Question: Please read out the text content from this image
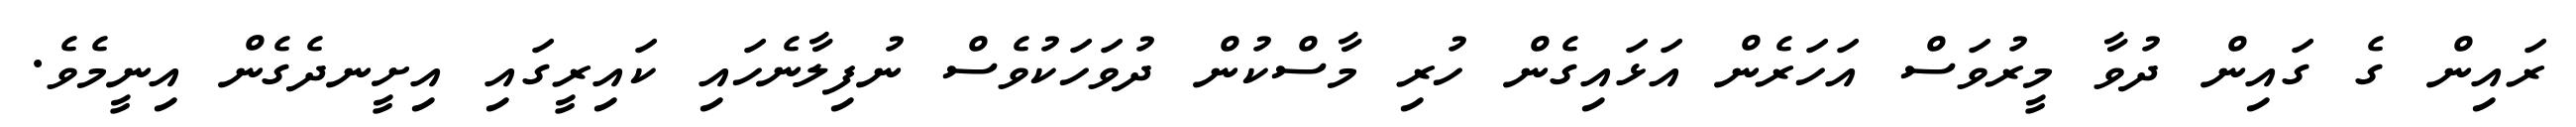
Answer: ރައިން ގެ ގައިން ދުވާ މީރުވަސް އަހަރެން އަޅައިގެން ހުރި މާސްކުން ދުވަހަކުވެސް ނުފިލާނެހައި ކައިރީގައި އިށީނދެގެން އިނީމެވެ.